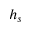
h _ { s }